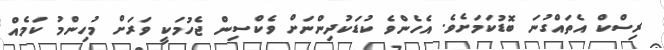
ރިސްކް އެތައްގުނަ ބޮޑުކަމަށެވެ. އެހެންވެ ކުޑަކުދިންނަށް ވެކްސިން ޖެހުމަކީ ވަރަށް މުހިންމު ކަމެއް